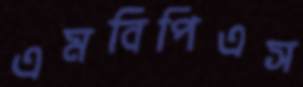
এমবিপিএস